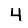
Digit: 4